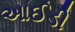
આઈડી